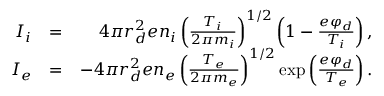
\begin{array} { r l r } { I _ { i } } & { = } & { 4 \pi r _ { d } ^ { 2 } e n _ { i } \left( \frac { T _ { i } } { 2 \pi m _ { i } } \right) ^ { 1 / 2 } \left( 1 - \frac { e \varphi _ { d } } { T _ { i } } \right) , } \\ { I _ { e } } & { = } & { - 4 \pi r _ { d } ^ { 2 } e n _ { e } \left( \frac { T _ { e } } { 2 \pi m _ { e } } \right) ^ { 1 / 2 } \exp \left( \frac { e \varphi _ { d } } { T _ { e } } \right) . } \end{array}